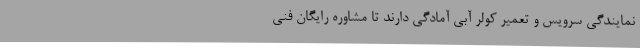
نمایندگی سرویس و تعمیر کولر آبی آمادگی دارند تا مشاوره رایگان فنی